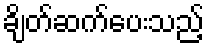
ချိတ်ဆက်ပေးသည့်